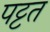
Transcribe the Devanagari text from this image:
पट्टत